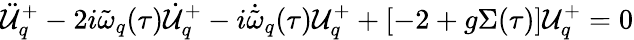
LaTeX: \ddot{\cal{U}}_{q}^{+}-2i\tilde{\omega}_{q}(\tau)\dot{\cal{U}}_{q}^{+}-i\dot{\tilde{\omega}}_{q}(\tau){\cal{U}}_{q}^{+}+\left[-2+g\Sigma(\tau)\right]{\cal{U}}_{q}^{+}=0